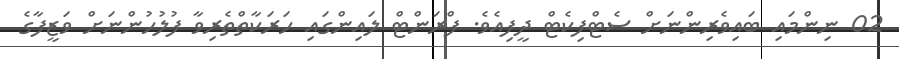
02 ނިންމައި ބައިވެރިންނަށް ސެޓްފިކެޓް ދީފިއެވެ. ފްރަންޓް ލައިންގައި ހަރަކާތްތެރިވާ ފުލުހުންނަށް ވަޒީފާގެ